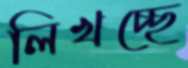
লিখচ্ছে